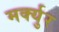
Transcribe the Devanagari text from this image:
मर्क्युर